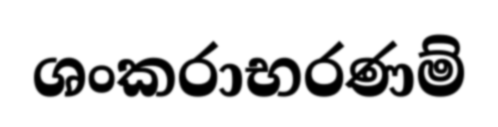
ශංකරාභරණම්